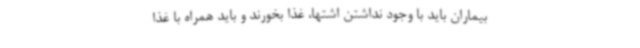
بیماران باید با وجود نداشتن اشتها، غذا بخورند و باید همراه با غذا